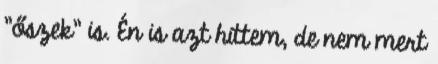
"őszek" is. Én is azt hittem, de nem mert